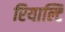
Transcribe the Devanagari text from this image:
रियाल्टि